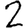
Digit: 2